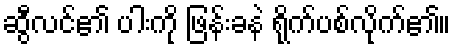
ဆွီလင်၏ ပါးကို ဖြန်းခနဲ ရိုက်ပစ်လိုက်၏။